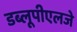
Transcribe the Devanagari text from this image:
डब्लूपीएलजे